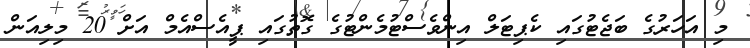
މި އަހަރުގެ ބަޖެޓުގައި ކެޕިޓަލް އިންވެސްޓުމެންޓުގެ ގޮތުގައި ޕީއެސްއެމް އަށް 20 މިލިއަން